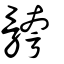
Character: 骻